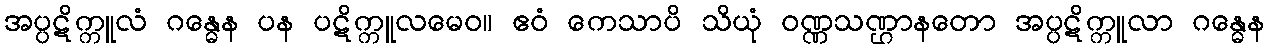
အပ္ပဋိက္ကူလံ ဂန္ဓေန ပန ပဋိက္ကူလမေဝ။ ဧဝံ ကေသာပိ သိယုံ ဝဏ္ဏသဏ္ဌာနတော အပ္ပဋိက္ကူလာ ဂန္ဓေန